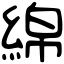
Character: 綿